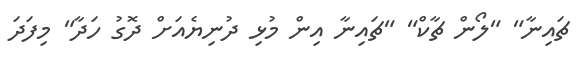
ޗައިނާ" "ލޯން ޗާކް" "ޗައިނާ އިން މުޅި ދުނިޔެއަށް ދޮގު ހަދާ" މިފަދަ